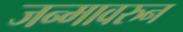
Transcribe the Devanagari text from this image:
जन्मावरुन